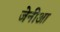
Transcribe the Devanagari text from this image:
जेनीआ